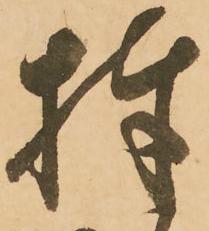
捧